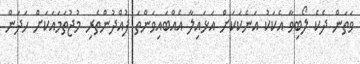
ވަތަން ދެކެ ލޯބިވާ އެކަކު އަނެކަކަށް އަޅައިލާ އެއްބައިވަންތަ ފުއްދުންތެރި މުޖުތަމައަކަށް ހަދަން